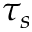
\tau _ { s }